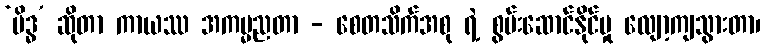
‘မိဒ္ဓ’ ဆိုတာ ကာယဿ အကမ္မညတာ - စေတသိက်အစု ရဲ့ စွမ်းဆောင်နိုင်မှု လျော့ကျသွားတာ၊